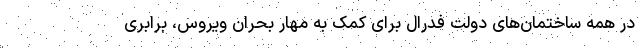
در همه ساختمان‌های دولت فدرال برای کمک به مهار بحران ویروس، برابری